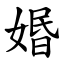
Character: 㛰